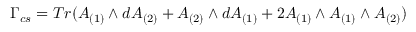
\Gamma _ { c s } = T r ( A _ { ( 1 ) } \wedge d A _ { ( 2 ) } + A _ { ( 2 ) } \wedge d A _ { ( 1 ) } + 2 A _ { ( 1 ) } \wedge A _ { ( 1 ) } \wedge A _ { ( 2 ) } )